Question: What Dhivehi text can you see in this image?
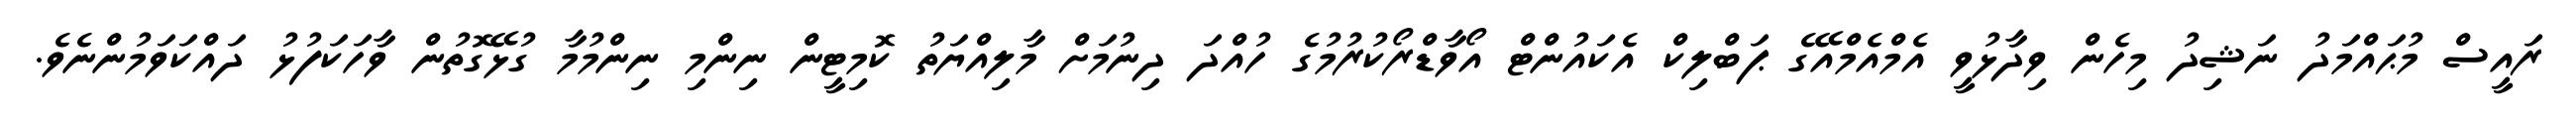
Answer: ރައީސް މުޙައްމަދު ނަޝިދު މިހެން ވިދާޅުވީ އެމްއެމްއޭގެ ޕަބްލިކް އެކައުންޓް އޯވާޑްރޯކުރުމުގެ ހުއްދަ ދިނުމަށް މާލިއްޔަތު ކޮމިޓީން ނިންމި ނިންމުމާ ގުޅޭގޮތުން ވާހަކަފުޅު ދައްކަވަމުންނެވެ.